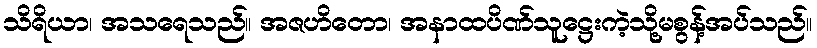
သိရိယာ၊ အသရေသည်။ အဇဟိတော၊ အနာထပိဏ်သူဋ္ဌေးကဲ့သို့မစွန့်အပ်သည်။